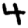
Digit: 4